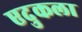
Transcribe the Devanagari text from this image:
एदुकला